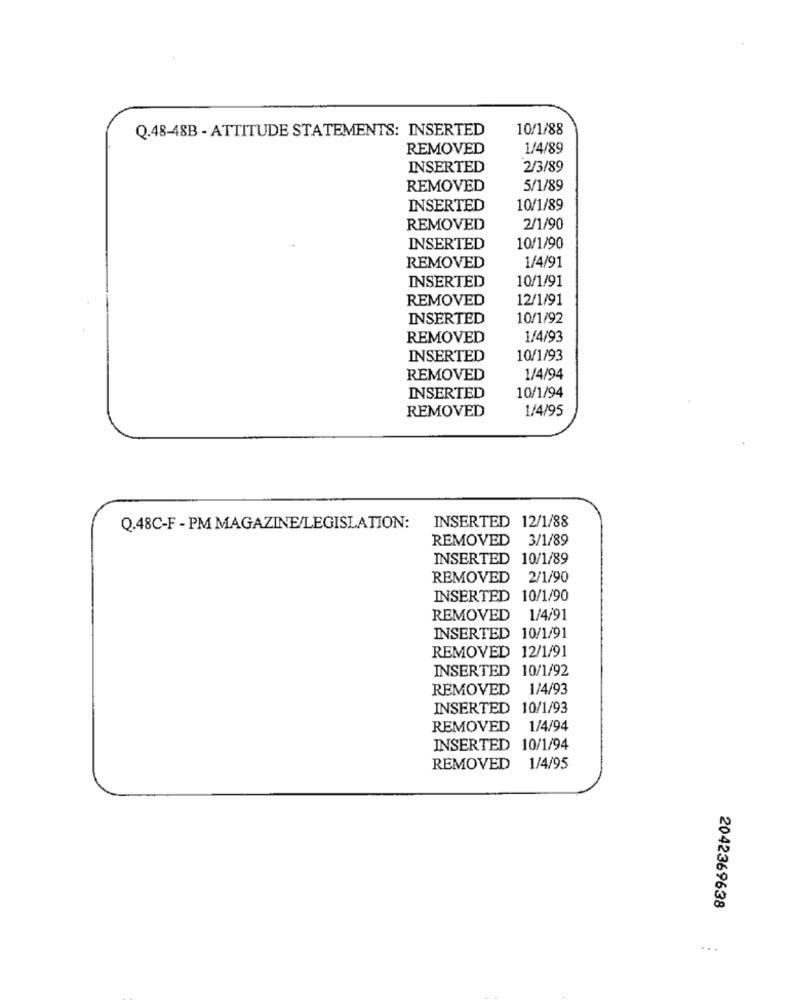
Q.48-48B - ATTITUDE STATEMENTS: INSERTED
10/1/88
REMOVED
1/4/89
INSERTED
2/3/89
REMOVED
5/1/89
INSERTED
10/1/89
REMOVED
2/1/90
INSERTED
10/1/90
REMOVED
1/4/91
INSERTED
10/1/91
REMOVED
12/1/91
INSERTED
10/1/92
REMOVED
1/4/93
INSERTED
10/1/93
REMOVED
1/4/94
10/1/94
INSERTED
REMOVED
1/4/95
INSERTED 12/1/88
Q.48C-F - PM MAGAZINE/LEGISLATION:
REMOVED 3/1/89
INSERTED 10/1/89
REMOVED 2/1/90
INSERTED 10/1/90
REMOVED 1/4/91
INSERTED 10/1/91
REMOVED 12/1/91
INSERTED 10/1/92
REMOVED 1/4/93
INSERTED 10/1/93
REMOVED
1/4/94
INSERTED 10/1/94
REMOVED
1/4/95
2042369638
...